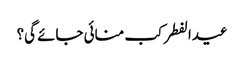
عیدالفطر کب منائی جائے گی؟